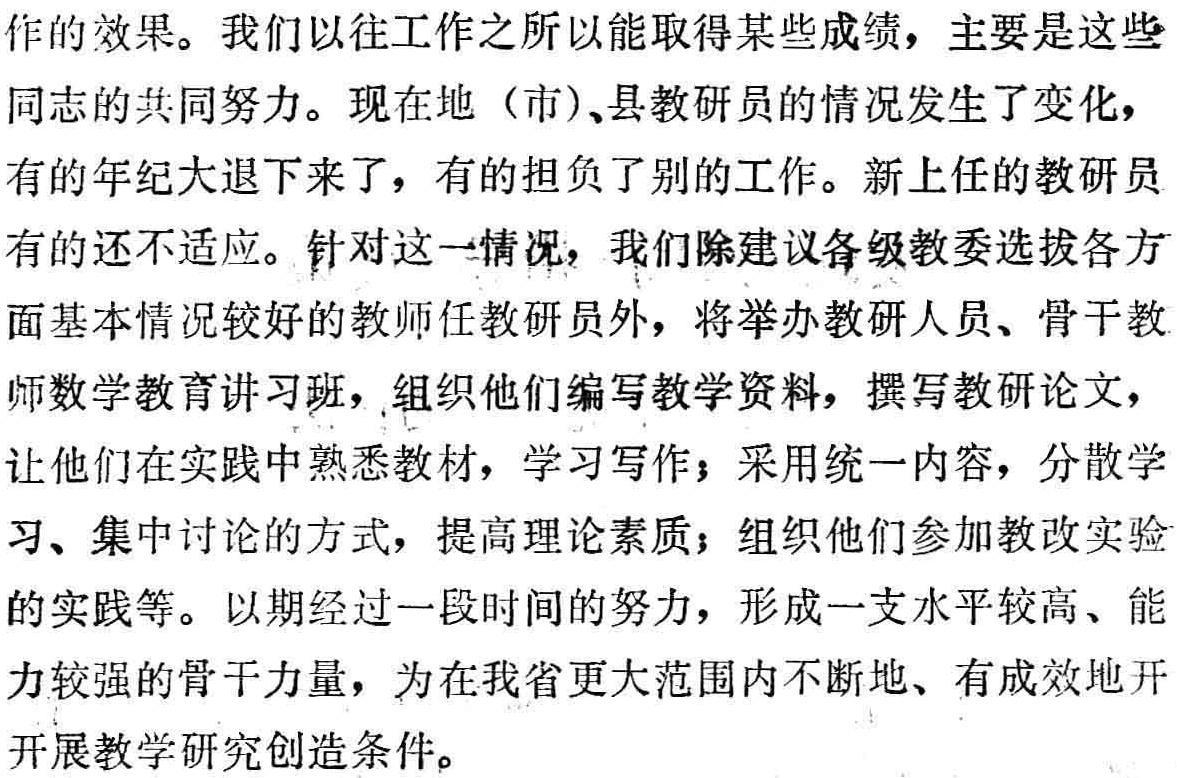
作的效果。我们以往工作之所以能取得某些成绩，主要是这些同志的共同努力。现在地（市）、县教研员的情况发生了变化，有的年纪大退下来了，有的担负了别的工作。新上任的教研员有的还不适应。针对这一情况，我们除建议各级教委选拔各方面基本情况较好的教师任教研员外，将举办教研人员、骨干教师数学教育讲习班，组织他们编写教学资料，撰写教研论文，让他们在实践中熟悉教材，学习写作；采用统一内容，分散学习、集中讨论的方式，提高理论素质；组织他们参加教改实验的实践等。以期经过一段时间的努力，形成一支水平较高、能力较强的骨干力量，为在我省更大范围内不断地、有成效地开开展教学研究创造条件。